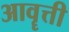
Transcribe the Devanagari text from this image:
आवॄत्ती